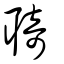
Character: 𦖊